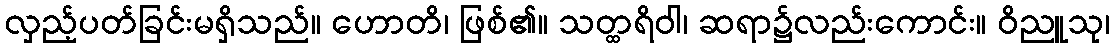
လှည့်ပတ်ခြင်းမရှိသည်။ ဟောတိ၊ ဖြစ်၏။ သတ္ထရိဝါ၊ ဆရာ၌လည်းကောင်း။ ဝိညူသု၊